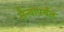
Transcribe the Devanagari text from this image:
सैन्यापर्यंत